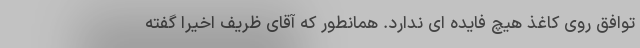
توافق روی کاغذ هیچ فایده ای ندارد. همانطور که آقای ظریف اخیراً گفته‌